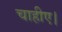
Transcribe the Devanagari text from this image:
चाहीए।